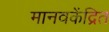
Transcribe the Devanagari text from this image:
मानवकेंद्रित